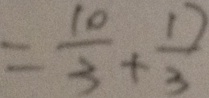
= \frac { 1 0 } { 3 } + \frac { 1 7 } { 3 }